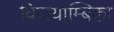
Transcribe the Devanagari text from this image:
विजयाम्बिका